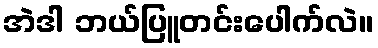
အဲဒါ ဘယ်ပြူတင်းပေါက်လဲ။